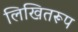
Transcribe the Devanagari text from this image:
लिखितरूप